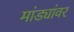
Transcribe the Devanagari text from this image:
मांड्यांवर